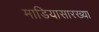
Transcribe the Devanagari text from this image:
माडियासारख्या